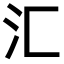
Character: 汇